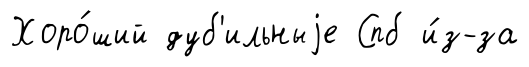
Хоро́ший дуб'ильныjе Спб и́з-за